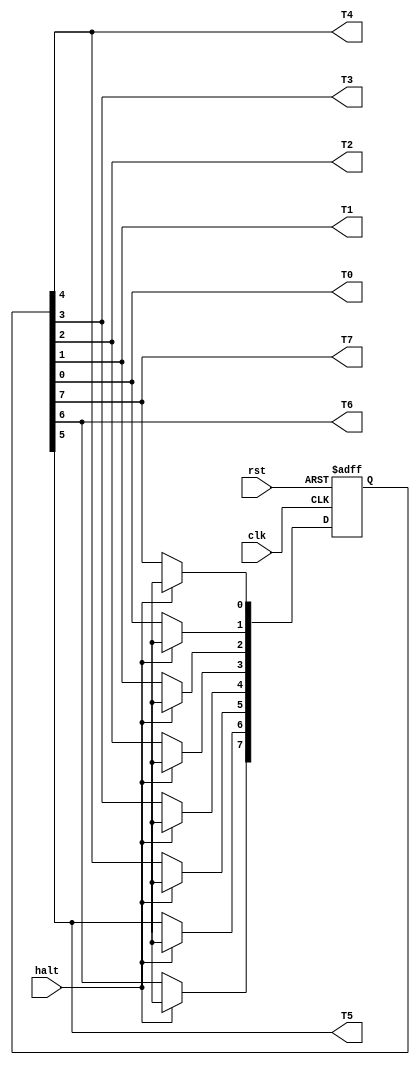
`timescale 1ns / 1ps
//////////////////////////////////////////////////////////////////////////////////
// Company: 
// Engineer: 
// 
// Design Name: 
// Module Name: pulse
// Project Name: 
// Target Devices: 
// Tool Versions: 
// Description: 
// 
// Dependencies: 
// 
// Revision:
// Revision 0.01 - File Created
// Additional Comments:
// 
//////////////////////////////////////////////////////////////////////////////////


module pulse(
input wire clk,
input wire rst,
input wire halt,
output wire T0,T1,T2,T3,T4,T5,T6,T7
);
reg [7:0] T=8'd1;
assign T0=T[0];
assign T1=T[1];
assign T2=T[2];
assign T3=T[3];
assign T4=T[4];
assign T5=T[5];
assign T6=T[6];
assign T7=T[7];
always @( posedge clk or  posedge rst)
begin
if(rst)
   begin T<=8'd1;end 
else if(halt)
   begin T=8'hxx;  end
else 
  begin
  T[0]<=T[7];
  T[1]<=T[0];
  T[2]<=T[1];
  T[3]<=T[2];
  T[4]<=T[3];
  T[5]<=T[4];
  T[6]<=T[5];
  T[7]<=T[6];
  end
end
endmodule